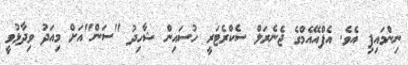
ނިންމައިފި އެވެ. އެފްއޭއެމްގެ ޖެނެރަލް ސެކްރެޓަރީ ހުސައިން ޝާހިދު "ސަން"އަށް މިއަދު ވިދާޅުވީ